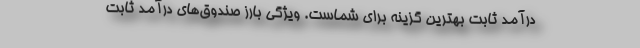
درآمد ثابت بهترین گزینه برای شماست. ویژگی بارز صندوق‌های درآمد ثابت